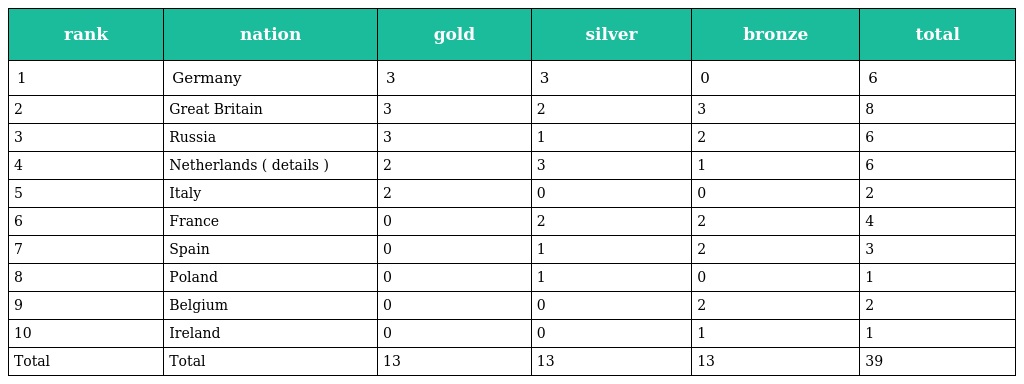
| rank | nation | gold | silver | bronze | total |
 | --- | --- | --- | --- | --- | --- |
 | 1 | Germany | 3 | 3 | 0 | 6 |
 | 2 | Great Britain | 3 | 2 | 3 | 8 |
 | 3 | Russia | 3 | 1 | 2 | 6 |
 | 4 | Netherlands ( details ) | 2 | 3 | 1 | 6 |
 | 5 | Italy | 2 | 0 | 0 | 2 |
 | 6 | France | 0 | 2 | 2 | 4 |
 | 7 | Spain | 0 | 1 | 2 | 3 |
 | 8 | Poland | 0 | 1 | 0 | 1 |
 | 9 | Belgium | 0 | 0 | 2 | 2 |
 | 10 | Ireland | 0 | 0 | 1 | 1 |
 | Total | Total | 13 | 13 | 13 | 39 |